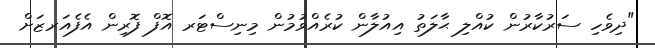
"ދިވެހި ސަރުކާރުން ކުއްލި ޙާލަތު އިއުލާން ކުރެއްވުމުން މިނިސްޓަރ އޮފް ފޮރިން އެފެއަރޒަށް